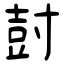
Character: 尌